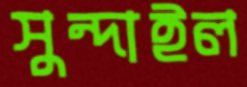
সুন্দাইল